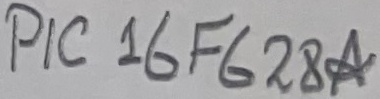
Text: PIC 16F628A